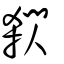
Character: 閷